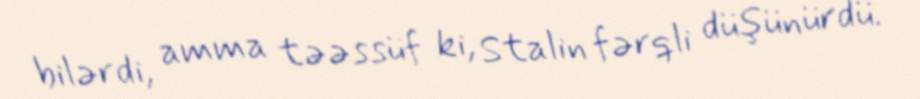
bilərdi, amma təəssüf ki, Stalin fərqli düşünürdü.